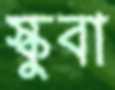
স্কুবা